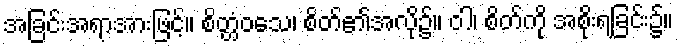
အခြင်းအရာအားဖြင့်။ စိတ္တံဝသေ၊ စိတ်၏အလို၌။ ဝါ၊ စိတ်ကို အစိုးရခြင်း၌။